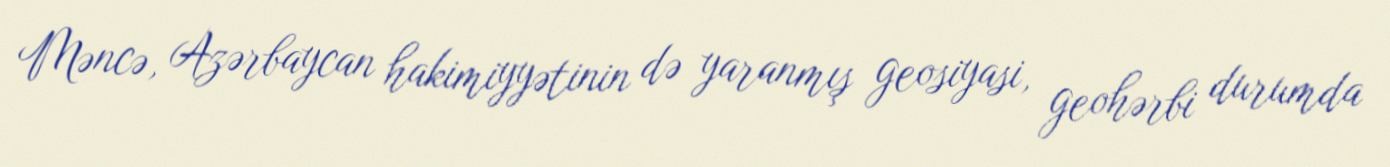
Məncə, Azərbaycan hakimiyyətinin də yaranmış geosiyasi, geohərbi durumda